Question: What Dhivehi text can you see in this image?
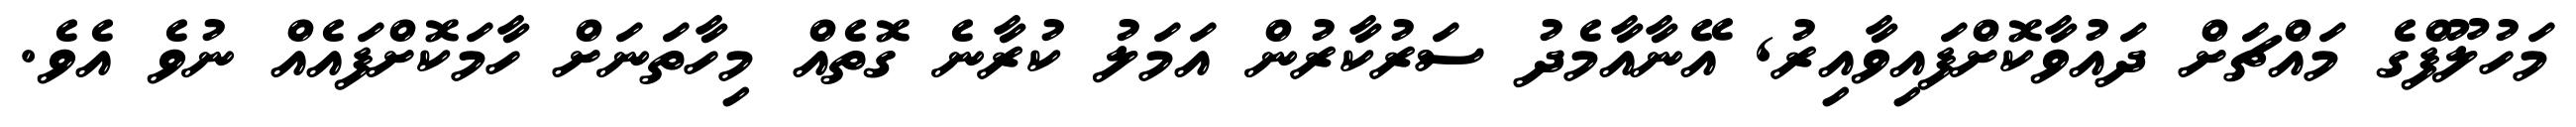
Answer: މަހުލޫފްގެ މައްޗަށް ދައުވާކޮށްފައިވާއިރު, އޭނާއާމެދު ސަރުކާރުން އަމަލު ކުރާނެ ގޮތެއް މިހާތަނަށް ހާމަކޮށްފައެއް ނުވެ އެވެ.